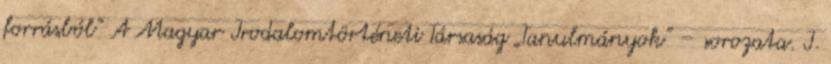
forrásból” A Magyar Irodalomtörténeti Társaság „Tanulmányok” – sorozata. I.